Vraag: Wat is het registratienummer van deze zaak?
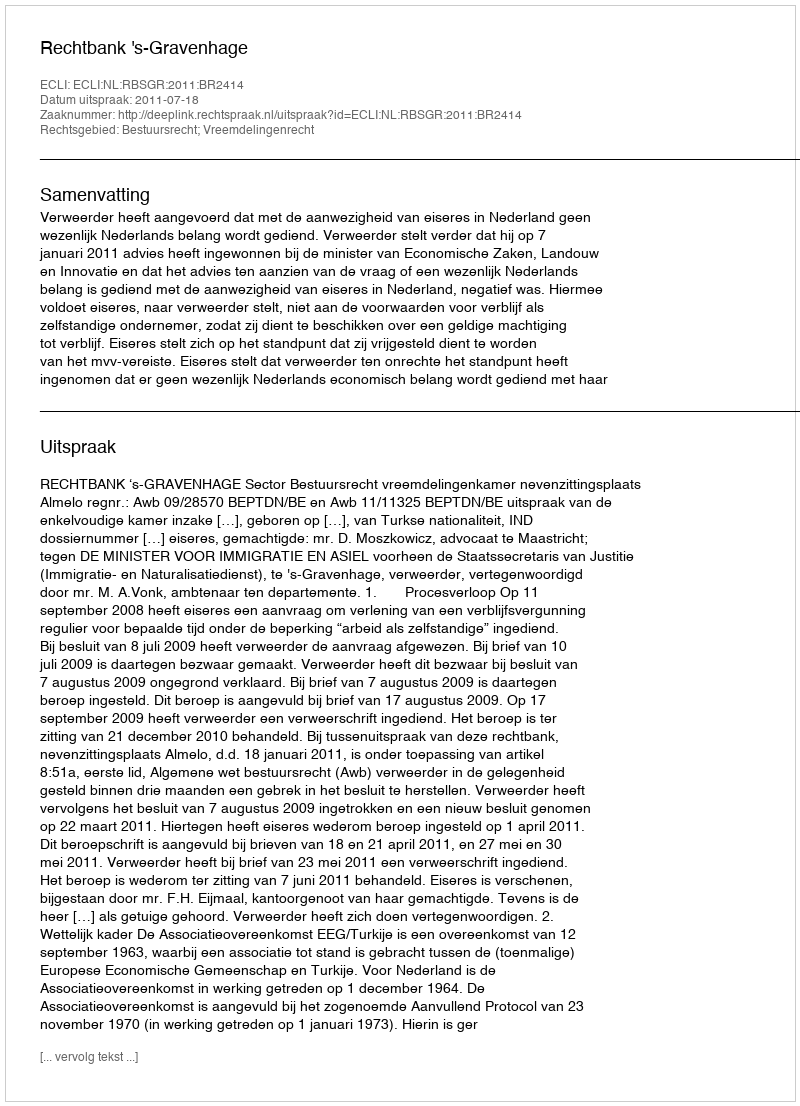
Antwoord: http://deeplink.rechtspraak.nl/uitspraak?id=ECLI:NL:RBSGR:2011:BR2414